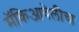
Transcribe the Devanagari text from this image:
मॅकिआवेलीचा